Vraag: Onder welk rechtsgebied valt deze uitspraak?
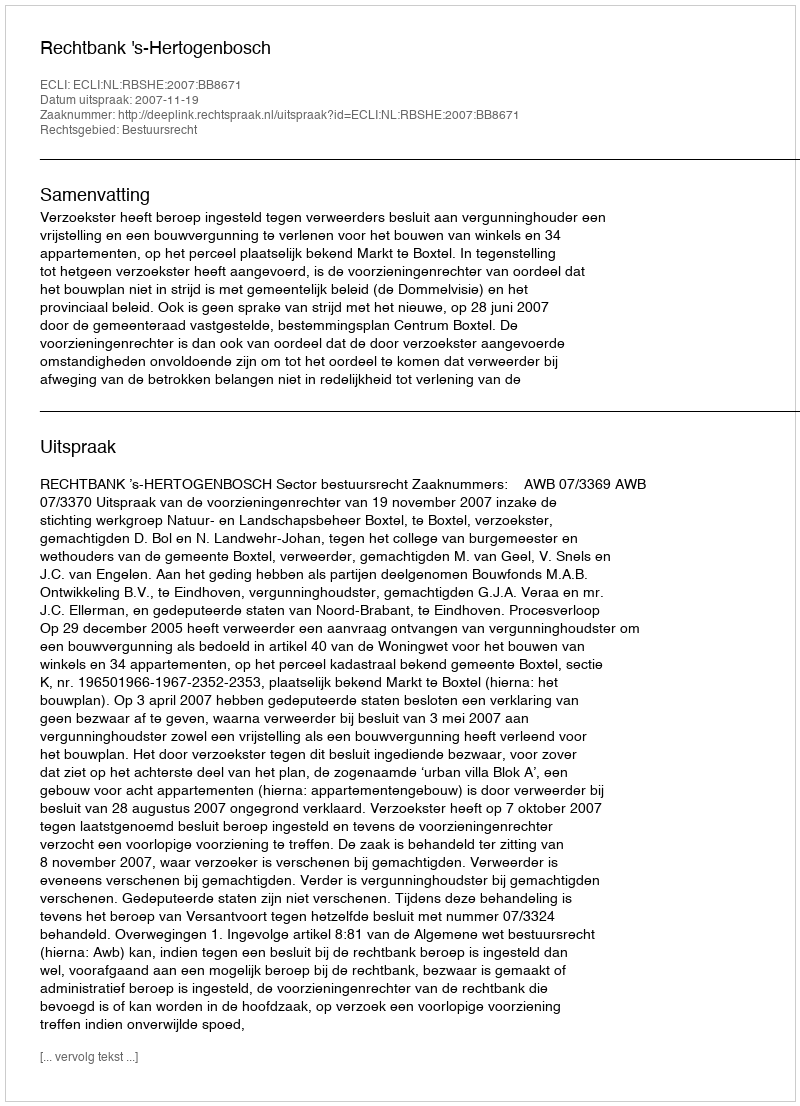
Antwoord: Bestuursrecht